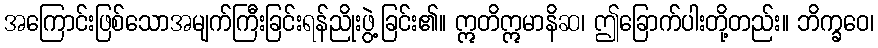
အကြောင်းဖြစ်သောအမျက်ကြီးခြင်းရန်ညိုးဖွဲ့ခြင်း၏။ ဣတိဣမာနိဆ၊ ဤခြောက်ပါးတို့တည်း။ ဘိက္ခဝေ၊